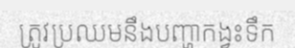
ត្រូវប្រឈមនឹងបញ្ហាកង្វះទឹក